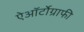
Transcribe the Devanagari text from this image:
ऐऑर्टोग्राफी